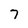
Character: 7